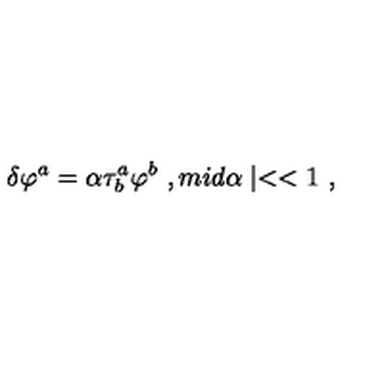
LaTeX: \delta \varphi ^ { a } = \alpha \tau _ { b } ^ { a } \varphi ^ { b } \ , m i d \alpha \mid < < 1 \ ,